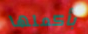
بأكملها